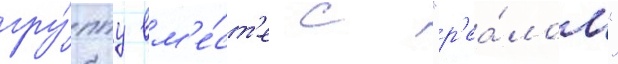
гру́ппу вм'е́ст'е с "р'еа́лом"